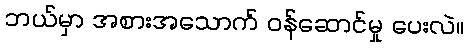
ဘယ်မှာ အစားအသောက် ဝန်ဆောင်မှု ပေးလဲ။